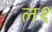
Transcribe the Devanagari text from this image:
ल१